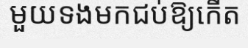
មួយទងមកជប់ឱ្យកើត